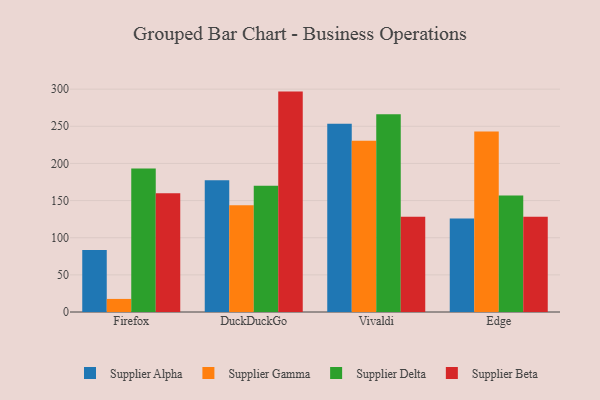
{"axis": {"x": "Browser", "y": "Operating Costs (USD K)"}, "legend": ["Supplier Alpha", "Supplier Beta", "Supplier Delta", "Supplier Gamma"], "data": [{"x": "Firefox", "y": 83.5, "type": "Supplier Alpha"}, {"x": "Firefox", "y": 17.6, "type": "Supplier Gamma"}, {"x": "Firefox", "y": 193.1, "type": "Supplier Delta"}, {"x": "Firefox", "y": 159.9, "type": "Supplier Beta"}, {"x": "DuckDuckGo", "y": 177.4, "type": "Supplier Alpha"}, {"x": "DuckDuckGo", "y": 143.8, "type": "Supplier Gamma"}, {"x": "DuckDuckGo", "y": 170.1, "type": "Supplier Delta"}, {"x": "DuckDuckGo", "y": 296.7, "type": "Supplier Beta"}, {"x": "Vivaldi", "y": 253.4, "type": "Supplier Alpha"}, {"x": "Vivaldi", "y": 230.7, "type": "Supplier Gamma"}, {"x": "Vivaldi", "y": 266.1, "type": "Supplier Delta"}, {"x": "Vivaldi", "y": 128.3, "type": "Supplier Beta"}, {"x": "Edge", "y": 125.8, "type": "Supplier Alpha"}, {"x": "Edge", "y": 242.9, "type": "Supplier Gamma"}, {"x": "Edge", "y": 156.8, "type": "Supplier Delta"}, {"x": "Edge", "y": 128.1, "type": "Supplier Beta"}]}